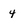
Character: 4